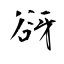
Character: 谺